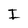
Character: I